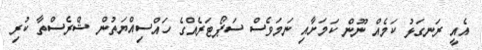
އެއީ ރަނގަޅު ކަމެއް ނޫން ކަމަށާއި ނަމަވެސް ސަޕޯޓަރެއްގެ ހައްސިއްޔަތުން ޝްރެސްތާ ކުރި